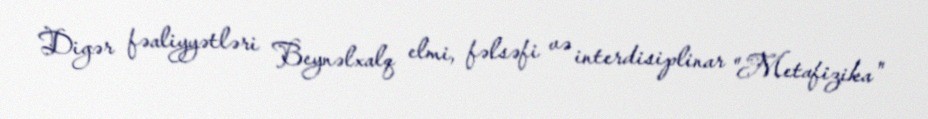
Digər fəaliyyətləri Beynəlxalq elmi, fəlsəfi və interdisiplinar "Metafizika"